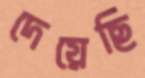
দেয়েছি